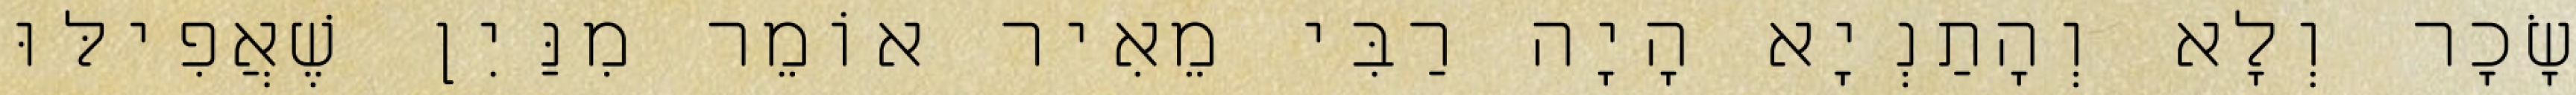
שָׂכָר וְלָא וְהָתַנְיָא הָיָה רַבִּי מֵאִיר אוֹמֵר מִנַּיִן שֶׁאֲפִילּוּ